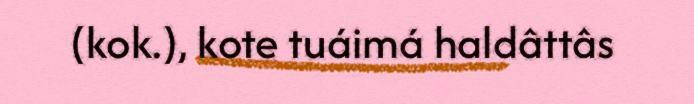
(kok.), kote tuáimá haldâttâs